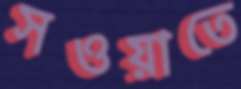
সওয়াতে